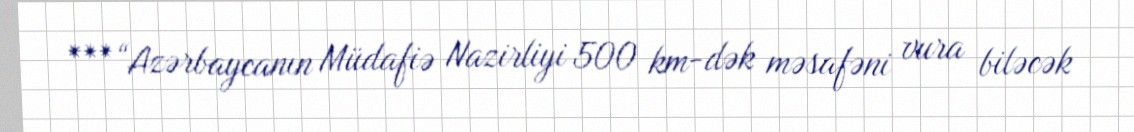
***“Azərbaycanın Müdafiə Nazirliyi 500 km-dək məsafəni vura biləcək